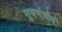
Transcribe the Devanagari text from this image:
सुवर्णचौर्य